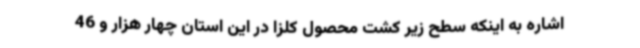
اشاره به اینکه سطح زیر کشت محصول کلزا در این استان چهار هزار و 46